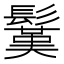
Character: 𩮽